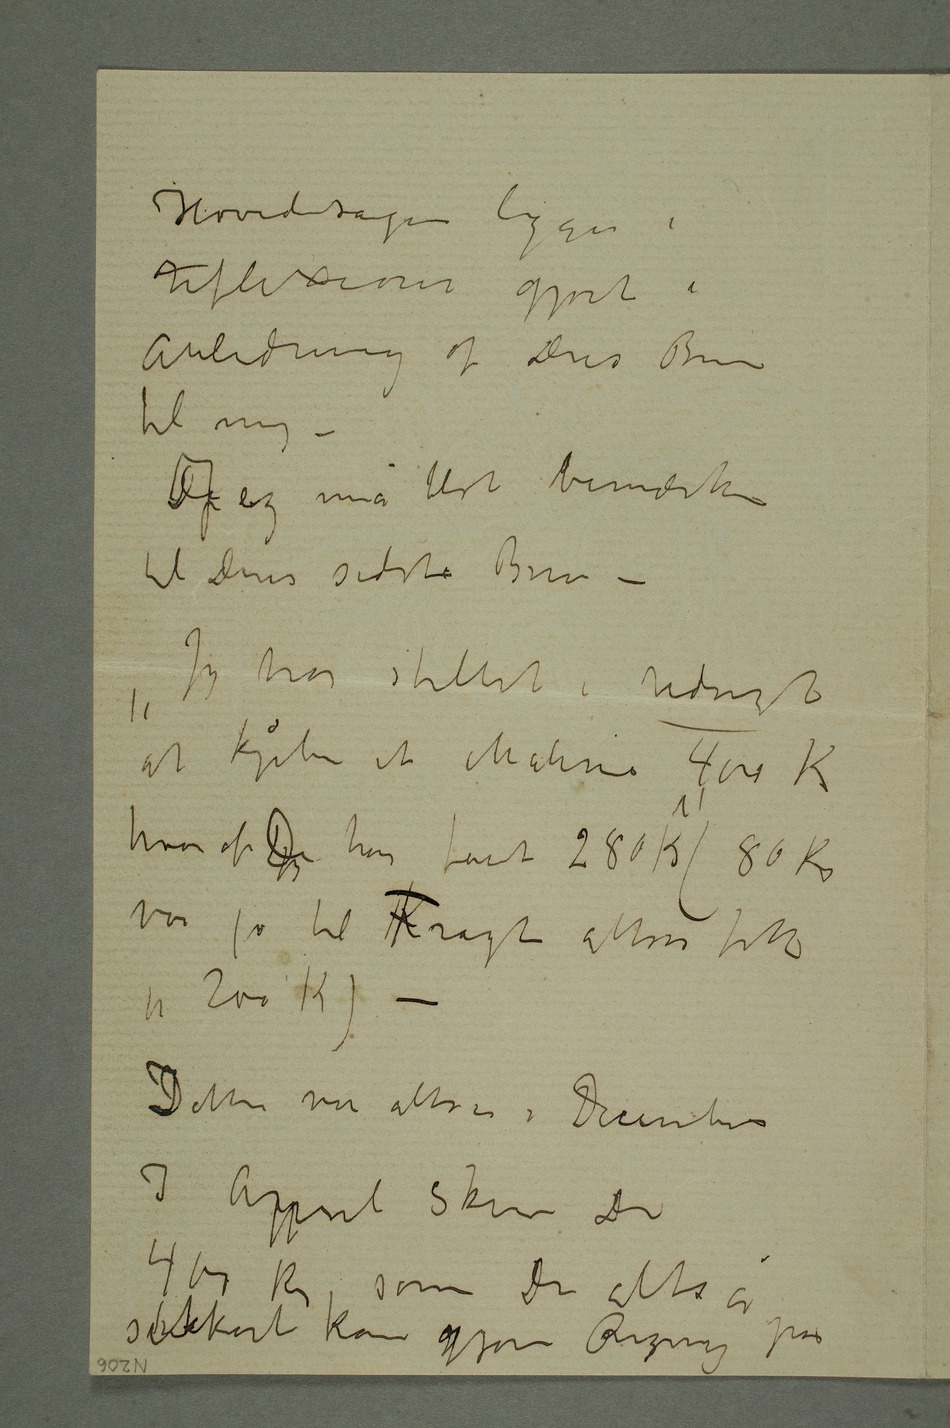
Hovedsagen har ikke lagt Da De ønsker
tre Malerier –
– I April fik jeg Bestilling